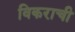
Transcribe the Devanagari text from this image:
विकराची